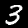
Digit: 3